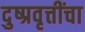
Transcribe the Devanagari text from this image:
दुष्प्रवृत्तींचा